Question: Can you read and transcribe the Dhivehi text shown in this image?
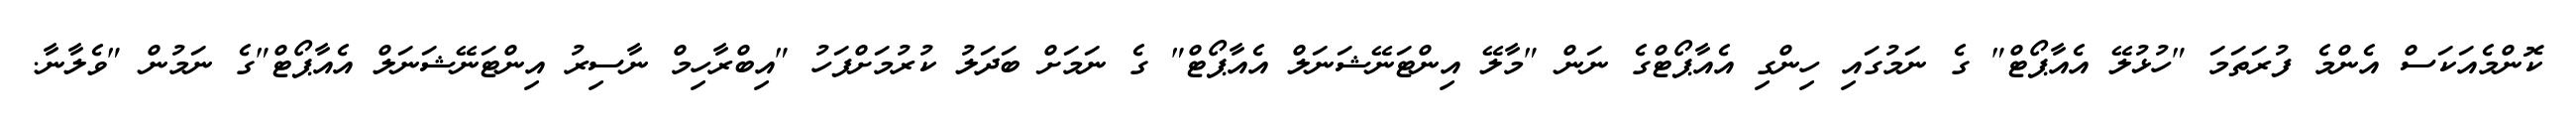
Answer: ކޮންމެއަކަސް އެންމެ ފުރަތަމަ "ހުޅުލޭ އެއާޕޯޓް" ގެ ނަމުގައި ހިންގި އެއާޕޯޓްގެ ނަން "މާލޭ އިންޓަނޭޝަނަލް އެއާޕޯޓް" ގެ ނަމަށް ބަދަލު ކުރުމަށްފަހު "އިބްރާހިމް ނާސިރު އިންޓަނޭޝަނަލް އެއާޕޯޓް"ގެ ނަމުން "ވެލާނާ.